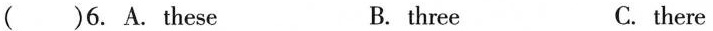
( )6. A.These B. three C. there